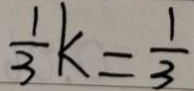
\frac { 1 } { 3 } k = \frac { 1 } { 3 }